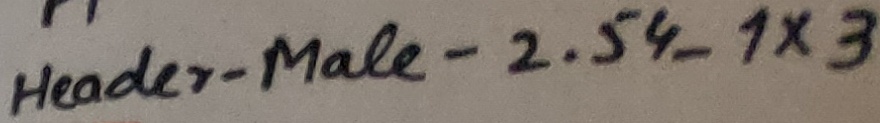
Text: Header-Male-2.54_1X3